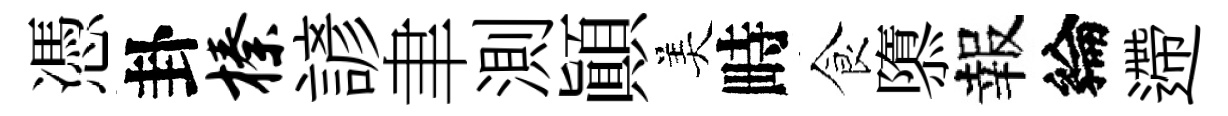
憑卦榛諺聿測顚美畤食隳報綸遰